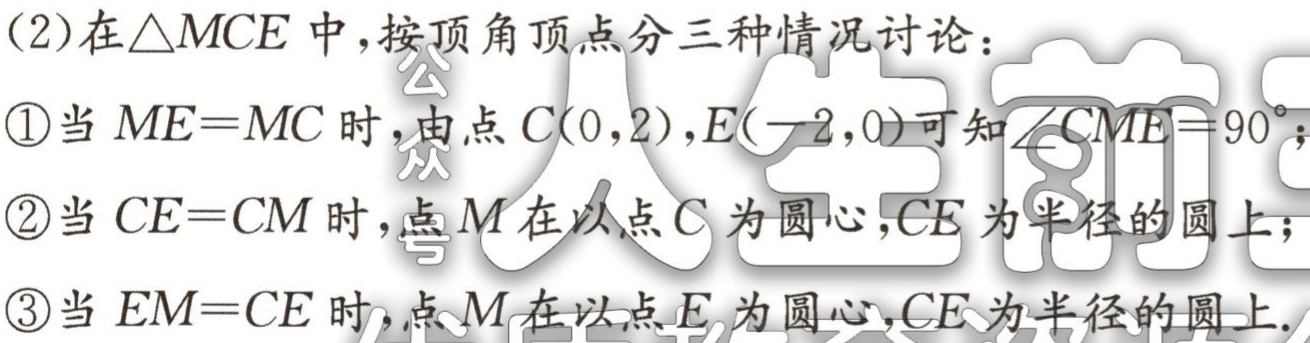
(2)在$\triangle MCE$中，按顶角顶点分三种情况讨论：
\textcircled{1}当$ME = MC$时，由点$C(0,2),E(-2,0)$可知$\angle CME = 90^{\circ}$；
\textcircled{2}当$CE = CM$时，点$M$在以点$C$为圆心，$CE$为半径的圆上；
\textcircled{3}当$EM = CE$时，点$M$在以点$E$为圆心，$CE$为半径的圆上.